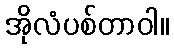
အိုလံပစ်တာဝါ။